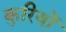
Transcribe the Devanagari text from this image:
कुरियों